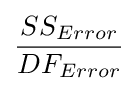
{\frac {SS_{Error}}{DF_{Error}}}